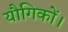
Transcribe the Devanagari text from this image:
यौगिकों।